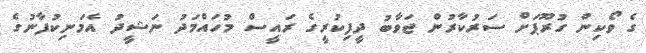
ގެ ވޯކިން ގުރޫޕަށް ސަރުކާރުން ޖަވާބު ދީފިކުރީގެ ރައީސް މުހައްމަދު ނަޝީދު އެމަނިކުފާނުގެ